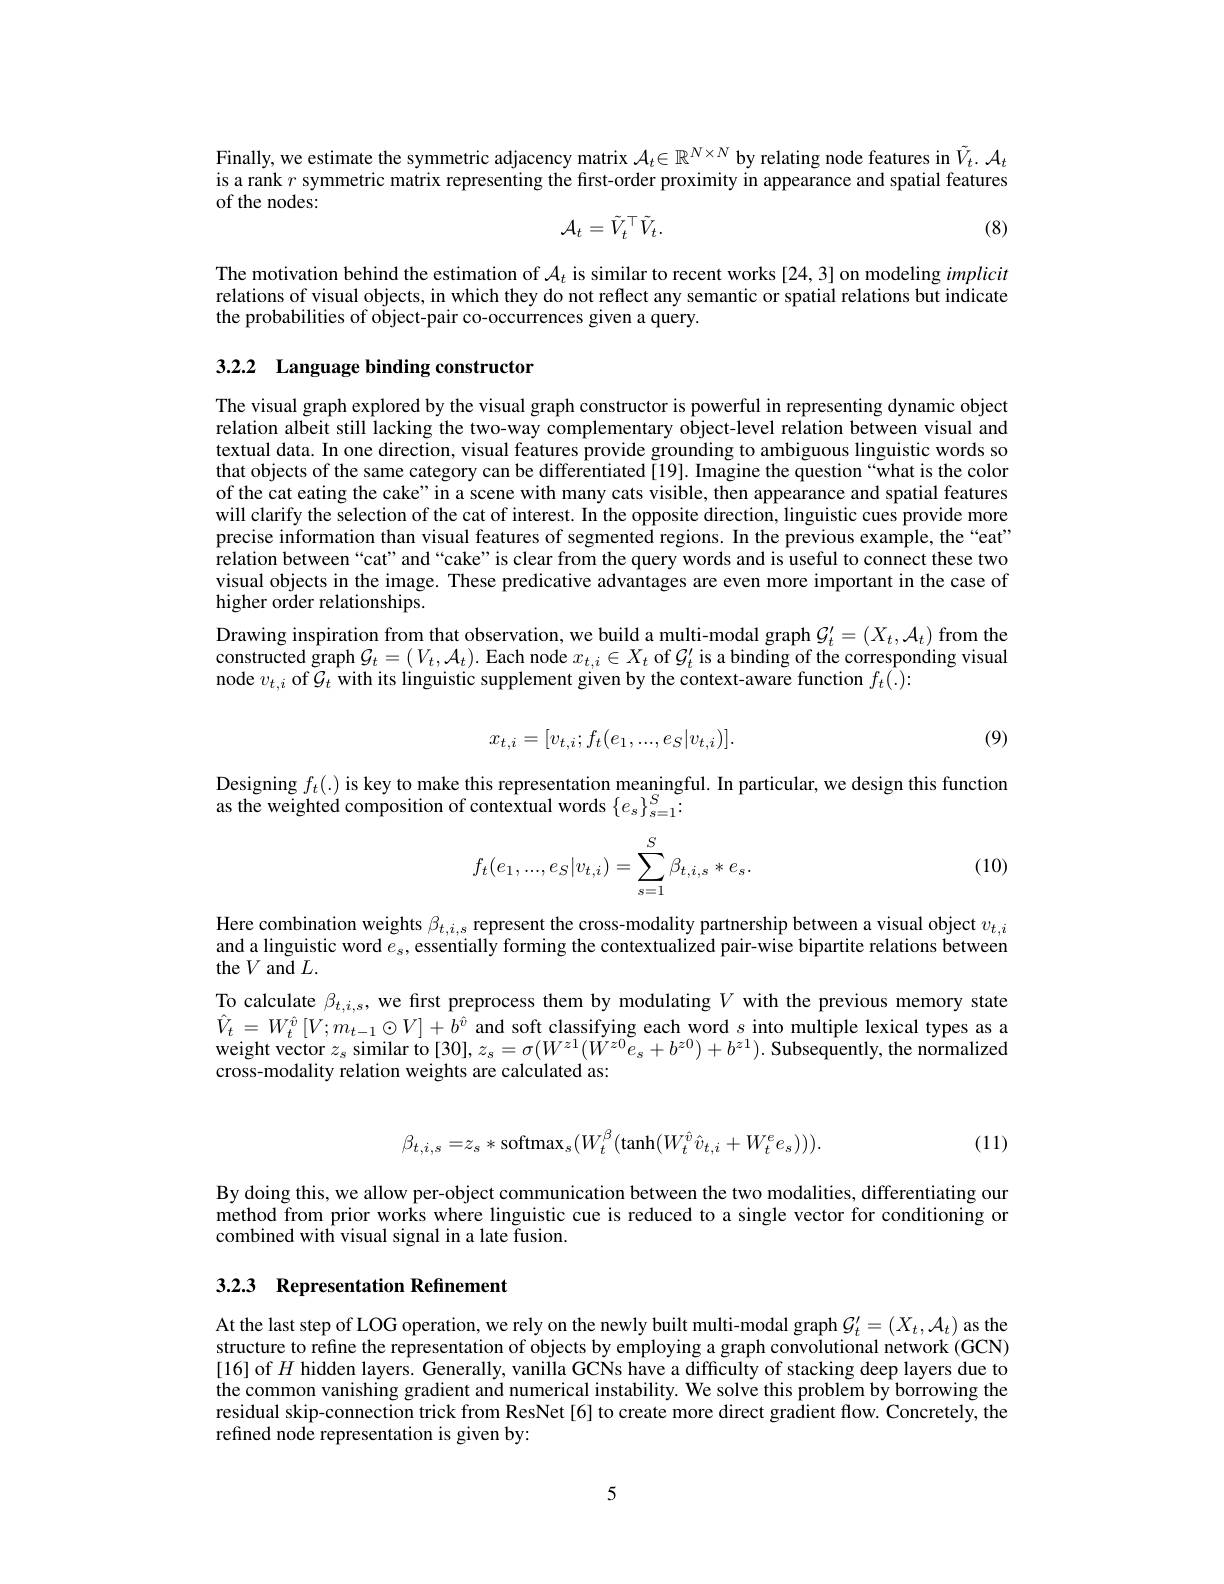
Finally, we estimate the symmetric adjacency matrix $\mathcal{A}_t\in\mathbb{R}^{N\times N}$ by relating node features in $\tilde{V}_t.\mathcal{A}_t$ is a rank $r$ symmetric matrix representing the first-order proximity in appearance and spatial features of the nodes:
$$\mathcal{A}_t=\tilde{V}_t^\top\tilde{V}_t.$$
(8)

The motivation behind the estimation of $\mathcal{A}_t$ is similar to recent works [24,3] on modeling implicit relations of visual objects, in which they do not reflect any semantic or spatial relations but indicate the probabilities of object-pair co-occurrences given a query.

# 3.2.2 Language binding constructor

The visual graph explored by the visual graph constructor is powerful in representing dynamic object relation albeit still lacking the two-way complementary object-level relation between visual and textual data. In one direction, visual features provide grounding to ambiguous linguistic words so that objects of the same category can be differentiated [19]. Imagine the question “what is the color of the cat eating the cake" in a scene with many cats visible, then appearance and spatial features will clarify the selection of the cat of interest. In the opposite direction, linguistic cues provide more precise information than visual features of segmented regions. In the previous example, the “eat” relation between“cat”and“cake”is clear from the query words and is useful to connect these two visual objects in the image. These predicative advantages are even more important in the case of higher order relationships.
Drawing inspiration from that observation, we build a multi-modal graph $G_t^{\prime}=(X_t,\mathcal{A}_t)$ from the constructed graph $\mathcal{G}_t=(V_t,\mathcal{A}_t).$ Each node $x_t,i\in X_t$ of $\mathcal{G}_t^\prime$ is a binding of the corresponding visual node $v_{t,i}$ of $\mathcal{G}_t$ with its linguistic supplement given by the context-aware function $f_t(.):$
$$x_{t,i}=[v_{t,i};f_t(e_1,...,e_S|v_{t,i})].$$
(9)

Designing $f_t(.)$ is key to make this representation meaningful. In particular, we design this function
as the weighted composition of contextual words $\{e_{s}\}_{s=1}^{S}.$
$$f_t(e_1,...,e_S|v_{t,i})=\sum_{s=1}^S\beta_{t,i,s}*e_s.$$
(10)

Here combination weights $\beta_{t,i,s}$ represent the cross-modality partnership between a visual object $v_{t,i}$ and a linguistic word $e_s$, essentially forming the contextualized pair-wise bipartite relations between the $V$ and $L.$
To calculate $\beta_{t,i,s}$, we frst preprocess them by modulating $V$ with the previous memory state $\hat{V}_{t}=W_{t}^{\hat{v}}\left[V;m_{t-1}\odot V\right]+b^{\hat{v}}$ and soft classifying each word $s$ into multiple lexical types as a weight vector $z_s$ similar to [30], $z_s=\sigma(W^{z1}(W^{z0}e_s+b^{z0})+b^{z1}).$ Subsequently, the normalized cross-modality relation weights are calculated as:
$$\beta_{t,i,s}=z_{s}*\mathrm{softmax}_{s}(W_{t}^{\beta}(\mathrm{tanh}(W_{t}^{\hat{v}}\hat{v}_{t,i}+W_{t}^{e}e_{s}))).$$
(11)

By doing this, we allow per-object communication between the two modalities, differentiating our method from prior works where linguistic cue is reduced to a single vector for conditioning or combined with visual signal in a late fusion.

## 3.2.3 Representation Refinement

At the last step of LOG operation, we rely on the newly built multi-modal graph $\mathcal{G}_t^{\prime}=(X_t,\mathcal{A}_t)$ as the structure to refine the representation of objects by employing a graph convolutional network (GCN) [16] of $H$ hidden layers. Generally, vanilla GCNs have a difficulty of stacking deep layers due to the common vanishing gradient and numerical instability. We solve this problem by borrowing the residual skip-connection trick from ResNet[6] to create more direct gradient flow. Concretely, the refined node representation is given by:

5